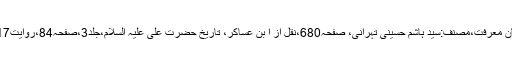
بوستانِ معرفت،مصنف:سید ہاشم حسینی تہرانی، صفحہ680،نقل از ا بن عساکر، تاریخ حضرت علی علیہ السلام،جلد3،صفحہ84،روایت1117۔